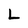
Character: L